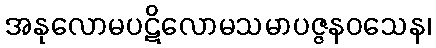
အနုလောမပဋိလောမသမာပဇ္ဇနဝသေန၊